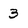
Character: 3